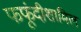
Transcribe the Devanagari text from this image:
फफूंदीशामिल